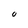
Character: o